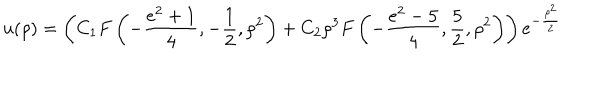
u ( \rho ) = \left( C _ { 1 } F \left( - \frac { e ^ { 2 } + 1 } { 4 } , - \frac { 1 } { 2 } , \rho ^ { 2 } \right) + C _ { 2 } \rho ^ { 3 } F \left( - \frac { e ^ { 2 } - 5 } { 4 } , \frac { 5 } { 2 } , \rho ^ { 2 } \right) \right) e ^ { - \frac { \rho ^ { 2 } } { 2 } }